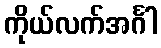
ကိုယ်လက်အင်္ဂါ